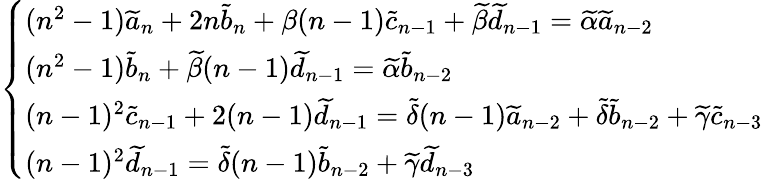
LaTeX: \left\{ \begin{array}{ll}{(n^{2}-1)\widetilde a_{n}+2n\widetilde b_{n}+\beta(n-1)\widetilde c_{n-1}+\widetilde\beta\widetilde d_{n-1}=\widetilde\alpha\widetilde a_{n-2}}\\ {(n^{2}-1)\widetilde b_{n}+\widetilde\beta(n-1)\widetilde d_{n-1}=\widetilde\alpha\widetilde b_{n-2}}\\ {(n-1)^{2}\widetilde c_{n-1}+2(n-1)\widetilde d_{n-1}=\widetilde\delta(n-1)\widetilde a_{n-2}+\widetilde\delta\widetilde b_{n-2}+\widetilde\gamma\widetilde c_{n-3}}\\ {(n-1)^{2}\widetilde d_{n-1}=\widetilde\delta(n-1)\widetilde b_{n-2}+\widetilde\gamma\widetilde d_{n-3}}\end{array}\right.